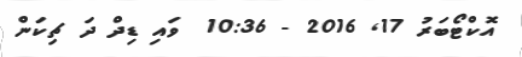
އޮކްޓޯބަރު 17